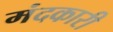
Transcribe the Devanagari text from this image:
मंदकारी